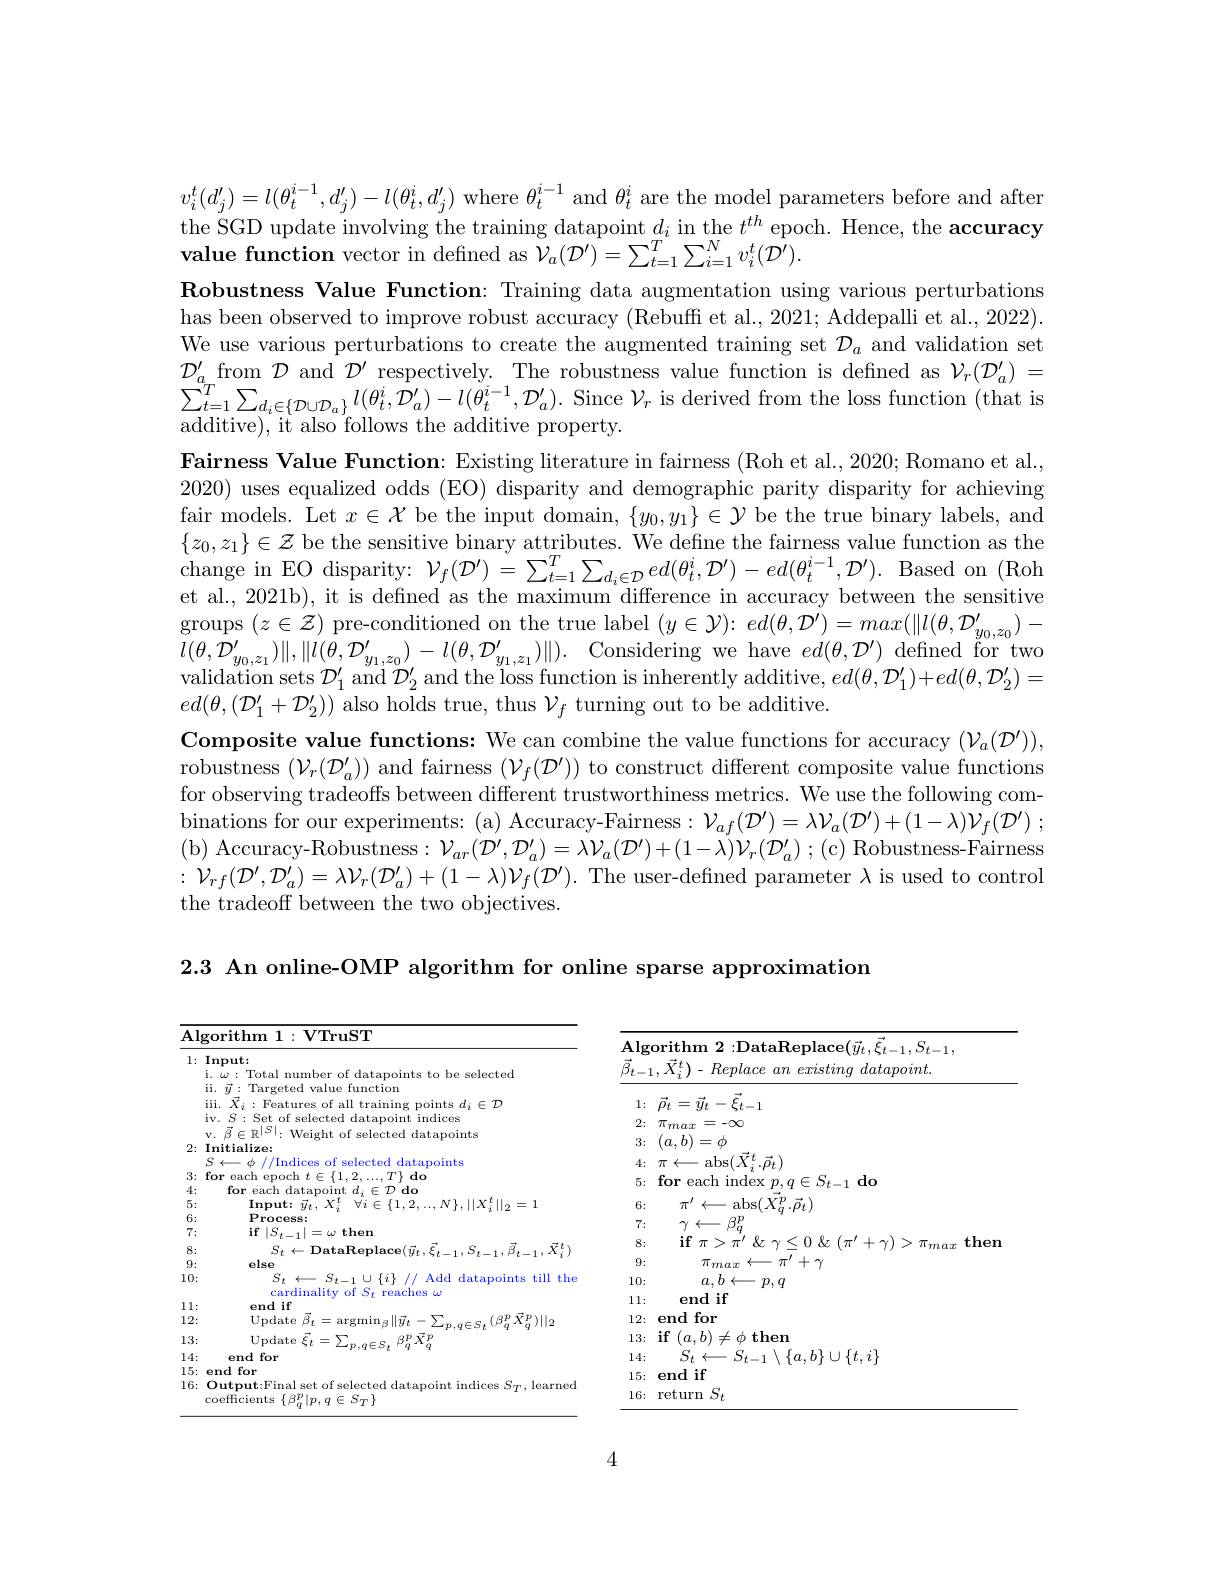
$\begin{aligned}&v_{i}^{t}(d_{j}^{\prime})=l(\theta_{t}^{i-1},d_{j}^{\prime})-l(\theta_{t}^{i},d_{j}^{\prime})\mathrm{~where~}\theta_{t}^{i-1}\mathrm{~and~}\theta_{t}^{i}\mathrm{~are~the~model~parameters~before~and~after}\\&\text{the SGD update involving the training datapoint }d_{i}\mathrm{~in~the~}t^{th}\mathrm{~epoch.~Hence,~the~accuracy}\\\end{aligned}$ Robustness Value Function: Training data augmentation using various perturbations has been observed to improve robust accuracy (Rebuff et al., 2021; Addepalli et al., 2022). We use various perturbations to create the augmented training set $\mathcal{D}_a$ and validation set $\mathcal{D}_{a}^{\prime}$ from $\mathcal{D}$ and $\mathcal{D}^\prime$ respectively. The robustness value function is defined as $\mathcal{V}_r(\mathcal{D}_{a}^{\prime})=$ $\sum_{t=1}^{T}\sum_{d_{i}\in\{\mathcal{D}\cup\mathcal{D}_{a}\}}l(\theta_{t}^{i},\tilde{\mathcal{D}}_{a}^{\prime})-l(\ddot{\theta}_{t}^{i-1},\mathcal{D}_{a}^{\prime}).$ Since $\mathcal{V}_{r}$ is derived from the loss function (that is additive), it also follows the additive property.
Fairness Value Function: Existing literature in fairness (Roh et al., 2020; Romano et al., 2020) uses equalized odds (EO) disparity and demographic parity disparity for achieving fair models. Let $x\in\mathcal{X}$ be the input domain, $\{y_0,y_1\}\in\mathcal{Y}$ be the true binary labels, and $\{z_0,z_1\}\in\mathcal{Z}$ be the sensitive binary attributes. We define the fairness value function as the change in EO disparity: $\mathcal{V}_f(\mathcal{D}^{\prime})=\sum_{t=1}^T\sum_{d_i\in\mathcal{D}}ed(\theta_t^i,\mathcal{D}^{\prime})-ed(\theta_t^{i-1},\mathcal{D}^{\prime}).$ Based on (Roh et al., 2021b), it is defined as the maximum difference in accuracy between the sensitive $\begin{array}{c}{\mathrm{groups~}(z\in\mathcal{Z})\mathrm{~pre-conditioned~on~the~true~label~}(y\in\mathcal{Y}):~ed(\theta,\mathcal{D}^{\prime})=max(\|l(\theta,\mathcal{D}_{y_{0},z_{0}}^{\prime})-}\\{l(\theta,\mathcal{D}_{y_{0},z_{1}}^{\prime})\|,\|l(\theta,\mathcal{D}_{y_{1},z_{0}}^{\prime})-l(\theta,\mathcal{D}_{y_{1},z_{1}}^{\prime})\|).\mathrm{~Considering~we~have~}ed(\theta,\mathcal{D}^{\prime})\mathrm{~define}}\end{array}$ validation sets $\mathcal{D}_1^{\prime}$ and $\mathcal{D}_2^{\prime}$ and the loss function is inherently additive, $ed(\theta,\mathcal{D}_1^{\prime})+ed(\theta,\mathcal{D}_2^{\prime})=$ $ed(\theta,(\mathcal{D}_{1}^{\prime}+\mathcal{D}_{2}^{\prime}))$ also holds true, thus $\mathcal{V}_f$ turning out to be additive.
Composite value functions: We can combine the value functions for accuracy $(\mathcal{V}_a(\mathcal{D}^{\prime}))$, robustness $(\mathcal{V}_r(\mathcal{D}_a^{\prime}))$ and fairness $(\mathcal{V}_f(\mathcal{D}^{\prime}))$ to construct different composite value functions for observing tradeoffs between different trustworthiness metrics. We use the following combinations for our experiments: (a) Accuracy-Fairness: $\mathcal{V} _af( \mathcal{D} ^{\prime }) = \lambda \mathcal{V} _a( \mathcal{D} ^{\prime }) + ( 1- \lambda ) \mathcal{V} _f( \mathcal{D} ^{\prime })$ ; (b) Accuracy-Robustness$:\mathcal{V}_ar(\mathcal{D}^{\prime},\mathcal{D}_a^{\prime})=\lambda\mathcal{V}_a(\mathcal{D}^{\prime})+(1-\lambda)\mathcal{V}_r(\mathcal{D}_a^{\prime});($c) Robustness-Fairness $:\mathcal{V}_{rf}(\mathcal{D}^{\prime},\mathcal{D}_{a}^{\prime})=\lambda\mathcal{V}_{r}(\mathcal{D}_{a}^{\prime})+(1-\lambda)\mathcal{V}_{f}(\mathcal{D}^{\prime}).$ The user-defined parameter $\lambda$ is used to control the tradeoff between the two objectives.

2.3 An online-OMP algorithm for online sparse approximation

<table>
	<tbody>
		<tr>
			<th>$A$</th>
			<th>orithm $V\mathbf{TruST}$</th>
			<th>C</th>
		</tr>
		<tr>
			<th>$\mathbf{A}\mathbf{l}$ 1:</th>
			<th>$\log$rithm 1$: \textbf{VTruST}$ :Input: i. $\omega:$ Total number of datapoints to be selected iii. $\vec{X}_i:$ Features of all training points $d_i\in\mathcal{D}$ ii. $\vec{y}:$ Targeted value function iv. $S:$ Set of selected datapoint indices v. $\vec{\beta}\in\mathbb{R}^{|S|}:$ Weight of selected datapoints</th>
			<th>$\mathbf{Algorithm~2:DataReplace}(\vec{y}_{t},\vec{\xi}_{t-1},S_{t-1}$, $\vec{\beta } _{t- 1}, \vec{X} _{i}^{t}) -$ Replace $an$ existing $datapoint.$ $1\nobreak {: } $ $\vec{\rho } _{t}= \vec{y} _{t}- \vec{\xi } _{t- 1}$ 2: $\pi _{max}= - \infty$ $I_{r}$</th>
		</tr>
		<tr>
			<th>1:</th>
			<th>$\operatorname{Input:}$ i. $\omega:$ Total number of datapoints to be selected</th>
			<th>$\operatorname{lgoritnm}Z:$ ${\mathrm{place}}(y_{t},\xi_{t-1},\Sigma_{t-1}$, $\vec{\beta } _{t- 1}, \vec{X} _{i}^{t}) -$ Replace $an$ existing $datapoint.$</th>
		</tr>
		<tr>
			<th> </th>
			<th>iii. $\vec{X}_i:$ Features of all training points $d_i\in\mathcal{D}$</th>
			<th>$1\nobreak {: } $ $\vec{\rho } _{t}= \vec{y} _{t}- \vec{\xi } _{t- 1}$</th>
		</tr>
		<tr>
			<td>2:</td>
			<td>Initialize:</td>
			<td>3: $(a,b)=\phi$ ${\mathrm{bc}}({\vec{V}}t$ $\frac{1}{x^2}$ $\vec{a}_{i}$</td>
		</tr>
		<tr>
			<td>1 ·</td>
			<td> </td>
			<td> </td>
		</tr>
		<tr>
			<td>T 1 ·</td>
			<td> </td>
			<td>tor 2. 24-1 $d0$</td>
		</tr>
		<tr>
			<td>T E ·</td>
			<td> </td>
			<td>T</td>
		</tr>
		<tr>
			<td>L T r 1 1 ·</td>
			<td>Process 1112</td>
			<td>10. 11 CT  $\frac{1}{2}$ </td>
		</tr>
		<tr>
			<td>7 · $\bullet$</td>
			<td>$\textbf{if}\left | S_{t- 1}\right | = \omega$ then</td>
			<td> </td>
		</tr>
		<tr>
			<td> ·</td>
			<td>Dataf</td>
			<td>8: mam</td>
		</tr>
		<tr>
			<td>9 ·</td>
			<td>else</td>
			<td>9: $\pi_{max}$ 4 - $\pi^{\prime}+\gamma$</td>
		</tr>
		<tr>
			<td>10:</td>
			<td>1: 7 $\operatorname{latapoints}$ till the</td>
			<td>10: $a,b\leftarrow$ $p,q$</td>
		</tr>
		<tr>
			<td>1 1 ·</td>
			<td>end if</td>
			<td>11: end $.1\mathbf{f}$</td>
		</tr>
		<tr>
			<td>$1_{2}^{c}$ 2</td>
			<td>0pdate $\operatorname{argmin}_{\beta}\|\vec{y}_{t}$ = 1 $X$ $\frac{3}{2}\|_{\epsilon}$</td>
			<td>12: end for</td>
		</tr>
		<tr>
			<td>3 1 </td>
			<td>Update $\xi$ $\xi_{t}=$ $\beta \boldsymbol{P}$ $\vec{X} ^{p}$ T</td>
			<td>13; $if$ $1a_{1}$ $\mathbf{then}$</td>
		</tr>
		<tr>
			<td>1 14:</td>
			<td>end for</td>
			<td>14: Y $\{t,i\}$</td>
		</tr>
		<tr>
			<td>1 5</td>
			<td>end 1for</td>
			<td>15: end if</td>
		</tr>
		<tr>
			<td>6 T</td>
			<td>$\textbf{Dutput: Final set of selected datapoint}$ indices learned</td>
			<td>$S_{t}$ 16: return</td>
		</tr>
	</tbody>
</table>

4